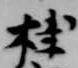
桂